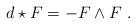
LaTeX: \begin{align*}d\star F = - F\wedge F\ .\end{align*}